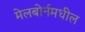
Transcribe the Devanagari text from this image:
मेलबोर्नमधील